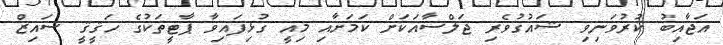
އަޖާއިބު ކުރުވަނިވި ޝައުގުވެރި ޖަލްސާއަކަށް ކަމަށާއި މިއީ ގުޅިފައިވާ ޕާޓީތަކުގެ ހަޤީޤީ ސައިޒް